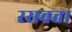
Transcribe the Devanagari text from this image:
रसवत्ता